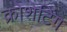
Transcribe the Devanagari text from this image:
क्रोशेटिंग